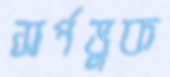
সর্পভুক